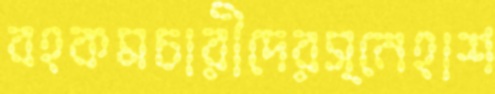
বহকমচারীদেরস্নেহাশ